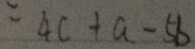
= 4 c + a - 5 b